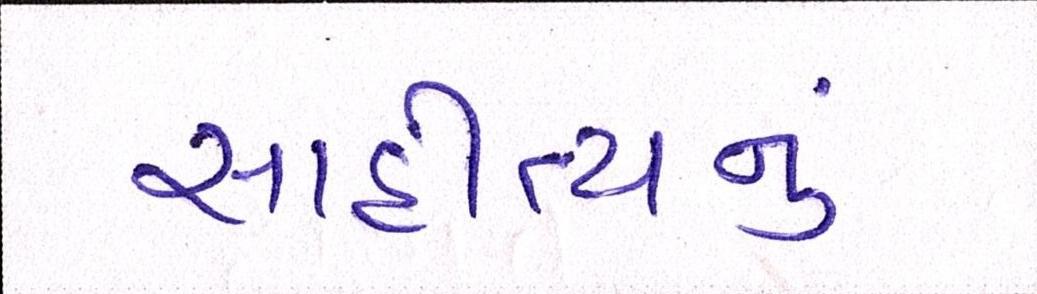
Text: સાહીત્યનું